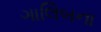
ગાલિબના